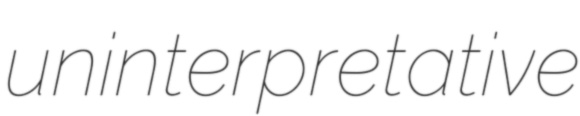
uninterpretative